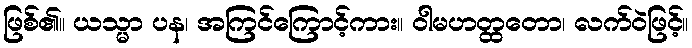
ဖြစ်၏။ ယသ္မာ ပန၊ အကြင်ကြောင့်ကား။ ဝါမဟတ္ထတော၊ လက်ဝဲဖြင့်။